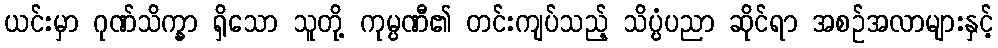
ယင်းမှာ ဂုဏ်သိက္ခာ ရှိသော သူတို့ ကုမ္ပဏီ၏ တင်းကျပ်သည့် သိပ္ပံပညာ ဆိုင်ရာ အစဉ်အလာများနှင့်